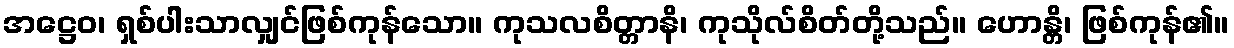
အဋ္ဌေဝ၊ ရှစ်ပါးသာလျှင်ဖြစ်ကုန်သော။ ကုသလစိတ္တာနိ၊ ကုသိုလ်စိတ်တို့သည်။ ဟောန္တိ၊ ဖြစ်ကုန်၏။